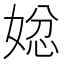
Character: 𭒄